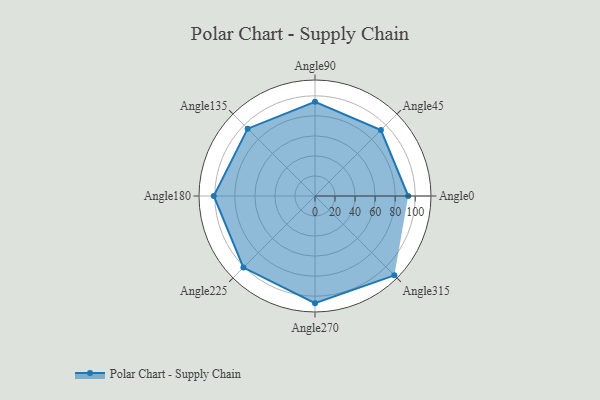
{"axis": {"x": "Angle", "y": "Radius"}, "legend": [""], "data": [{"x": "Angle0", "y": 93.0, "type": ""}, {"x": "Angle45", "y": 93.0, "type": ""}, {"x": "Angle90", "y": 94.0, "type": ""}, {"x": "Angle135", "y": 95.0, "type": ""}, {"x": "Angle180", "y": 101.0, "type": ""}, {"x": "Angle225", "y": 101.0, "type": ""}, {"x": "Angle270", "y": 107.0, "type": ""}, {"x": "Angle315", "y": 112.0, "type": ""}]}